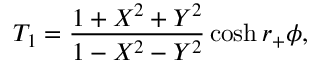
T _ { 1 } = { \frac { 1 + X ^ { 2 } + Y ^ { 2 } } { 1 - X ^ { 2 } - Y ^ { 2 } } } \cosh r _ { + } \phi ,